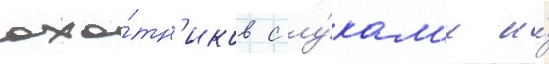
охо́тн'иков с лу́кам'и и́